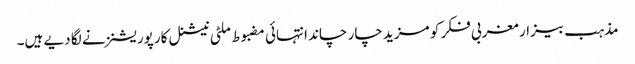
مذہب بیزار مغربی فکر کو مزید چار چاند انتہائی مضبوط ملٹی نیشنل کارپوریشنز نے لگا دیے ہیں۔